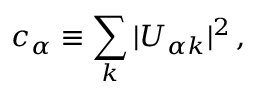
c _ { \alpha } \equiv \sum _ { k } | U _ { { \alpha } k } | ^ { 2 } \, ,